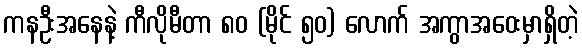
ကနဦးအနေနဲ့ ကီလိုမီတာ ၈၀ (မိုင် ၅၀) လောက် အကွာအဝေးမှာရှိတဲ့